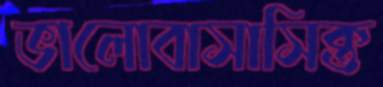
ভালোবাসাসিক্ত